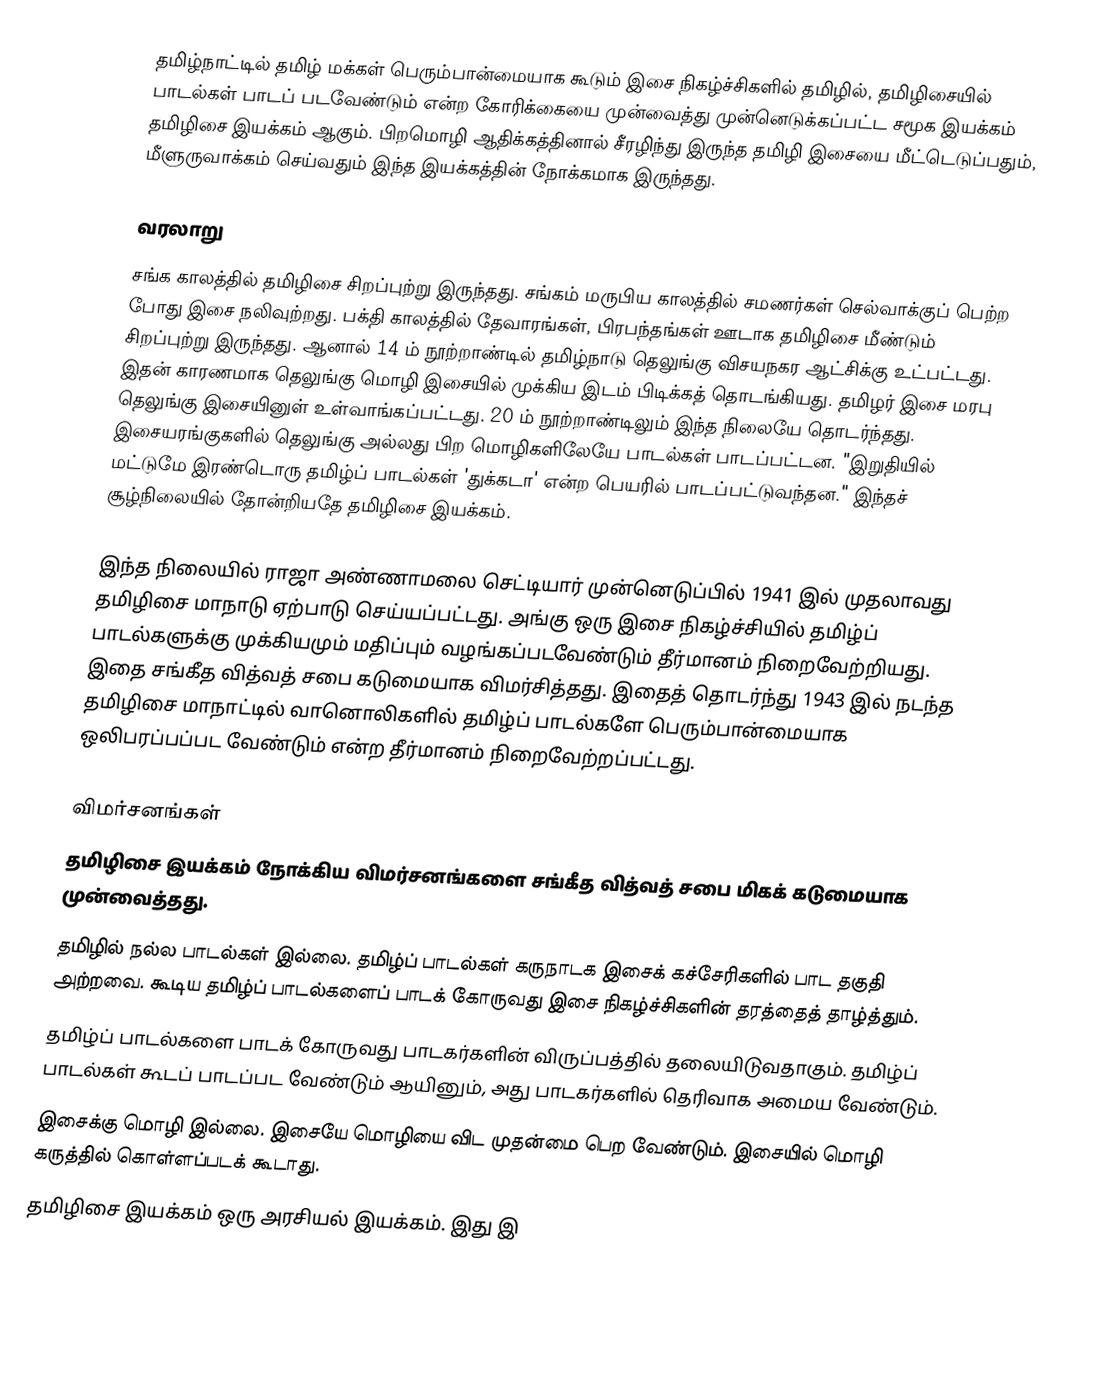
தமிழ்நாட்டில் தமிழ் மக்கள் பெரும்பான்மையாக கூடும் இசை நிகழ்ச்சிகளில் தமிழில், தமிழிசையில் பாடல்கள் பாடப் படவேண்டும் என்ற கோரிக்கையை முன்வைத்து முன்னெடுக்கப்பட்ட சமூக இயக்கம் தமிழிசை இயக்கம் ஆகும். பிறமொழி ஆதிக்கத்தினால் சீரழிந்து இருந்த தமிழி இசையை மீட்டெடுப்பதும், மீளுருவாக்கம் செய்வதும் இந்த இயக்கத்தின் நோக்கமாக இருந்தது.

வரலாறு
சங்க காலத்தில் தமிழிசை சிறப்புற்று இருந்தது.  சங்கம் மருபிய காலத்தில் சமணர்கள் செல்வாக்குப் பெற்ற போது இசை நலிவுற்றது.  பக்தி காலத்தில் தேவாரங்கள், பிரபந்தங்கள் ஊடாக தமிழிசை மீண்டும் சிறப்புற்று இருந்தது.  ஆனால் 14 ம் நூற்றாண்டில் தமிழ்நாடு தெலுங்கு விசயநகர ஆட்சிக்கு உட்பட்டது.  இதன் காரணமாக தெலுங்கு மொழி இசையில் முக்கிய இடம் பிடிக்கத் தொடங்கியது.  தமிழர் இசை மரபு தெலுங்கு இசையினுள் உள்வாங்கப்பட்டது. 20 ம் நூற்றாண்டிலும் இந்த நிலையே தொடர்ந்தது.  இசையரங்குகளில் தெலுங்கு அல்லது பிற மொழிகளிலேயே பாடல்கள் பாடப்பட்டன.  "இறுதியில் மட்டுமே இரண்டொரு தமிழ்ப் பாடல்கள் 'துக்கடா' என்ற பெயரில் பாடப்பட்டுவந்தன."  இந்தச் சூழ்நிலையில் தோன்றியதே தமிழிசை இயக்கம்.

இந்த நிலையில் ராஜா அண்ணாமலை செட்டியார் முன்னெடுப்பில் 1941 இல் முதலாவது  தமிழிசை மாநாடு ஏற்பாடு செய்யப்பட்டது.  அங்கு ஒரு இசை நிகழ்ச்சியில் தமிழ்ப் பாடல்களுக்கு முக்கியமும் மதிப்பும் வழங்கப்படவேண்டும் தீர்மானம் நிறைவேற்றியது.  இதை சங்கீத வித்வத் சபை கடுமையாக விமர்சித்தது.  இதைத் தொடர்ந்து 1943 இல் நடந்த தமிழிசை மாநாட்டில் வானொலிகளில் தமிழ்ப் பாடல்களே பெரும்பான்மையாக ஒலிபரப்பப்பட வேண்டும் என்ற தீர்மானம் நிறைவேற்றப்பட்டது.

விமர்சனங்கள்
தமிழிசை இயக்கம் நோக்கிய விமர்சனங்களை சங்கீத வித்வத் சபை மிகக் கடுமையாக முன்வைத்தது.
 தமிழில் நல்ல பாடல்கள் இல்லை.  தமிழ்ப் பாடல்கள் கருநாடக இசைக் கச்சேரிகளில் பாட தகுதி அற்றவை.  கூடிய தமிழ்ப் பாடல்களைப் பாடக் கோருவது இசை நிகழ்ச்சிகளின் தரத்தைத் தாழ்த்தும்.
 தமிழ்ப் பாடல்களை பாடக் கோருவது பாடகர்களின் விருப்பத்தில் தலையிடுவதாகும்.  தமிழ்ப் பாடல்கள் கூடப் பாடப்பட வேண்டும் ஆயினும், அது பாடகர்களில் தெரிவாக அமைய வேண்டும்.
 இசைக்கு மொழி இல்லை.  இசையே மொழியை விட முதன்மை பெற வேண்டும்.  இசையில் மொழி கருத்தில் கொள்ளப்படக் கூடாது.
 தமிழிசை இயக்கம் ஒரு அரசியல் இயக்கம்.  இது இ